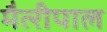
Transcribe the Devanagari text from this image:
मैत्‍रीपाल